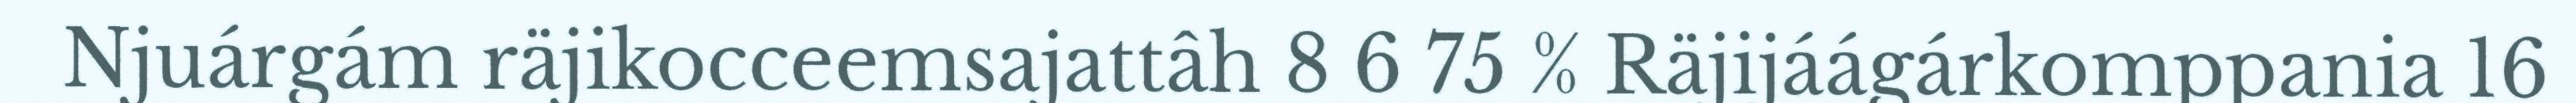
Njuárgám räjikocceemsajattâh 8 6 75 % Räjijáágárkomppania 16